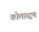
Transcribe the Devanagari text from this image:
कोलास्ट्रम